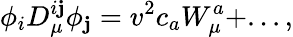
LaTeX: \phi_{i}D_{\mu}^{i\mathbf{j}}\phi_{\mathbf{j}}=v^{2}c_{a}W_{\mu}^{a}+...,